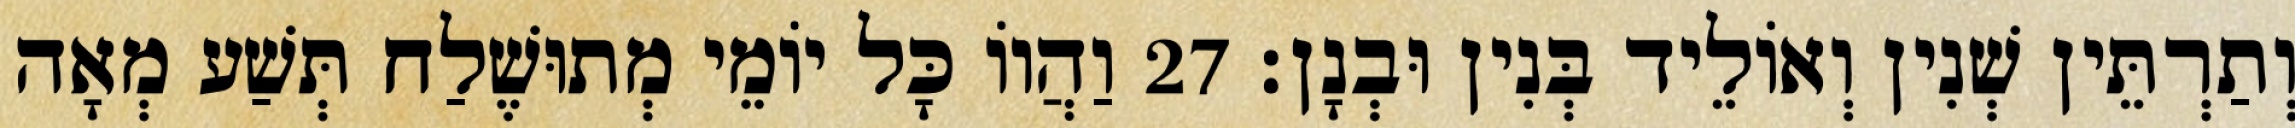
וְתַרְתֵּין שְׁנִין וְאוֹלֵיד בְּנִין וּבְנָן׃ 27 וַהֲווֹ כָּל יוֹמֵי מְתוּשֶׁלַח תְּשַׁע מְאָה